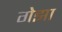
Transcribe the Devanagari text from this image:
गेझा